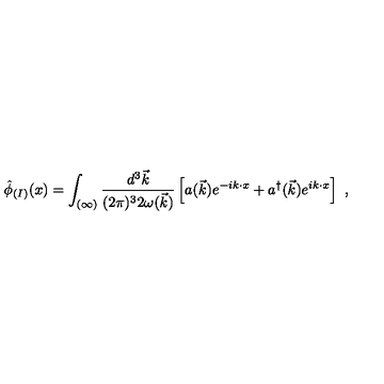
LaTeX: \hat { \phi } _ { ( I ) } ( x ) = \int _ { ( \infty ) } \frac { d ^ { 3 } \vec { k } } { ( 2 \pi ) ^ { 3 } 2 \omega ( \vec { k } ) } \left[ a ( \vec { k } ) e ^ { - i k \cdot x } + a ^ { \dagger } ( \vec { k } ) e ^ { i k \cdot x } \right] \ ,